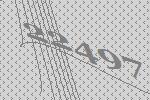
22497